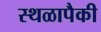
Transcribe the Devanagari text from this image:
स्थळापैकी